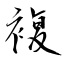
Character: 複